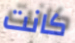
كانت